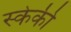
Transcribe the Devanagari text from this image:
स्केकी